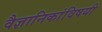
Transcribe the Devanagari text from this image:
वैज्ञानिकांविषयी